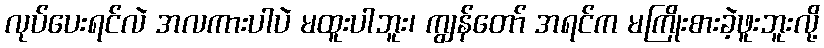
လုပ်ပေးရင်လဲ အလကားပါပဲ မထူးပါဘူး၊ ကျွန်တော် အရင်က မကြိုးစားခဲ့ဖူးဘူးလို့